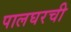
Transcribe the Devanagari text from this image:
पालघरची